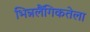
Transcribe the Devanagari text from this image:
भिन्नलैंगिकतेला